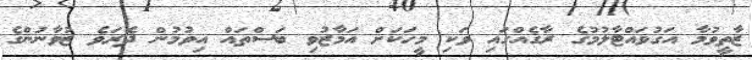
ޒާތީވުމާ އަގުވައްޓާލުމުގެ ރާގެއްގައި ވަކި މީހަކަށް އަމާޒުވި ބަސްތައް އިވުމުން ދެރަވެ ޒުވާނުންގެ